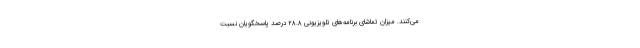
می‌کنند. میزان تماشای برنامه­‌های تلویزیونی ۲۸.۸ درصد پاسخگویان نسبت